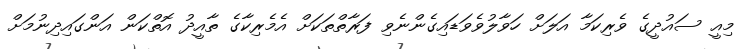
މިއީ ސައުދީގެ ވެރިކަމާ އަލަށް ހަވާލުވެވަޑައިގެންނެވި ފަރާތްތަކަށް އެމެރިކާގެ ތާއީދު އޮތްކަން އަންގައިދިނުމަށް